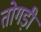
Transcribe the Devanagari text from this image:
तोगड़ी